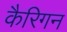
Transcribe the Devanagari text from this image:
कैरिगन